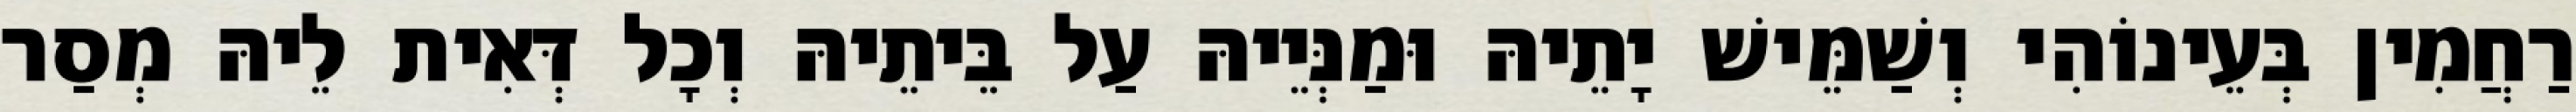
רַחֲמִין בְּעֵינוֹהִי וְשַׁמֵּישׁ יָתֵיהּ וּמַנְּיֵיהּ עַל בֵּיתֵיהּ וְכָל דְּאִית לֵיהּ מְסַר